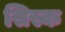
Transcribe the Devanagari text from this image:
सिस्क